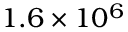
1 . 6 \times 1 0 ^ { 6 }